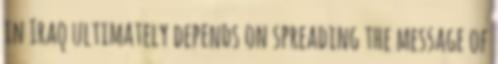
in Iraq ultimately depends on spreading the message of